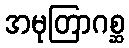
အမုတြာဂစ္ဆ